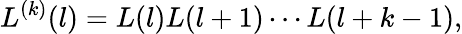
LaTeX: L^{(k)}(l)=L(l)L(l+1)\cdots L(l+k-1),